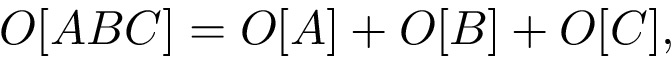
{ \cal O } [ A B C ] = { \cal O } [ A ] + { \cal O } [ B ] + { \cal O } [ C ] ,